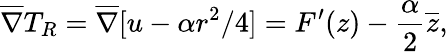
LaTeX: \overline{{\nabla}}T_{R}=\overline{{\nabla}}[u-\alpha r^{2}/4]=F^{\prime}(z)-\frac{\alpha}{2}\overline{{z}},